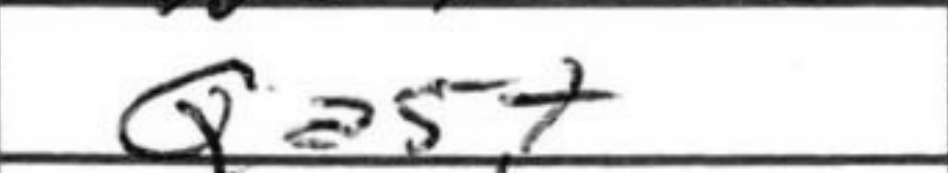
Transcription: Qa5+